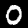
Digit: 0